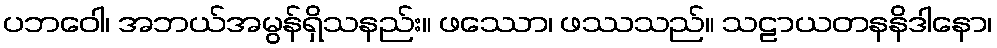
ပဘဝေါ၊ အဘယ်အမွန်ရှိသနည်း။ ဖဿော၊ ဖဿသည်။ သဠာယတနနိဒါနော၊